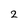
Character: 2